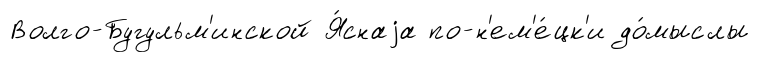
Волго-Бугульм'инской Я́снаjа по-н'ем'е́цк'и до́мыслы